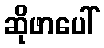
ဆိုဖာပေါ်